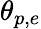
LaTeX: \theta_{p,e}